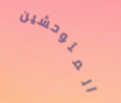
المتوحشين